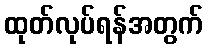
ထုတ်လုပ်ရန်အတွက်